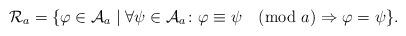
LaTeX: \begin{align*}\mathcal{R}_a=\{\varphi\in \mathcal{A}_a \mid \forall \psi \in \mathcal{A}_a \colon \varphi\equiv \psi \pmod{a} \Rightarrow \varphi = \psi \}.\end{align*}